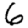
Digit: 6